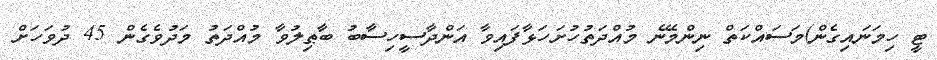
ޓީ ހިމަނައިގެން)މަސައްކަތް ނިންމޭނެ މުއްދަތުހުށަހަޅާފައިވާ އަންދާސީހިސާބު ބާޠިލުވާ މުއްދަތު މަދުވެގެން 45 ދުވަހަށް